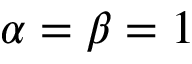
\alpha = \beta = 1